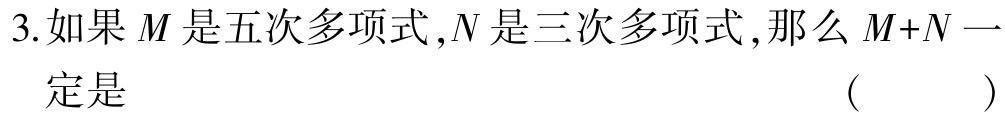
3.如果\(M\)是五次多项式，\(N\)是三次多项式，那么\(M + N\)一定是 （  ）